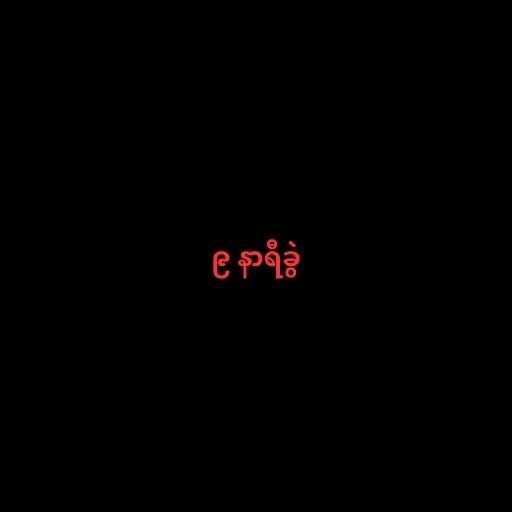
၉ နာရီခွဲ